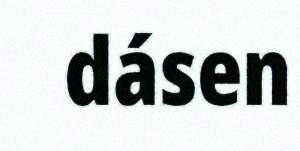
dásen